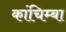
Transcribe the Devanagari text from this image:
कांचिम्बा